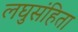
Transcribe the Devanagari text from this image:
लघुसंहिता